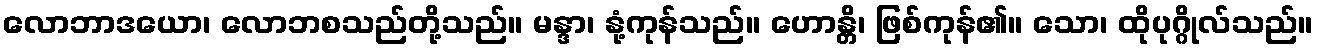
လောဘာဒယော၊ လောဘစသည်တို့သည်။ မန္ဒာ၊ နုံ့ကုန်သည်။ ဟောန္တိ၊ ဖြစ်ကုန်၏။ သော၊ ထိုပုဂ္ဂိုလ်သည်။